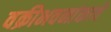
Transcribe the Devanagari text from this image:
वक्रीभवनांकाचे